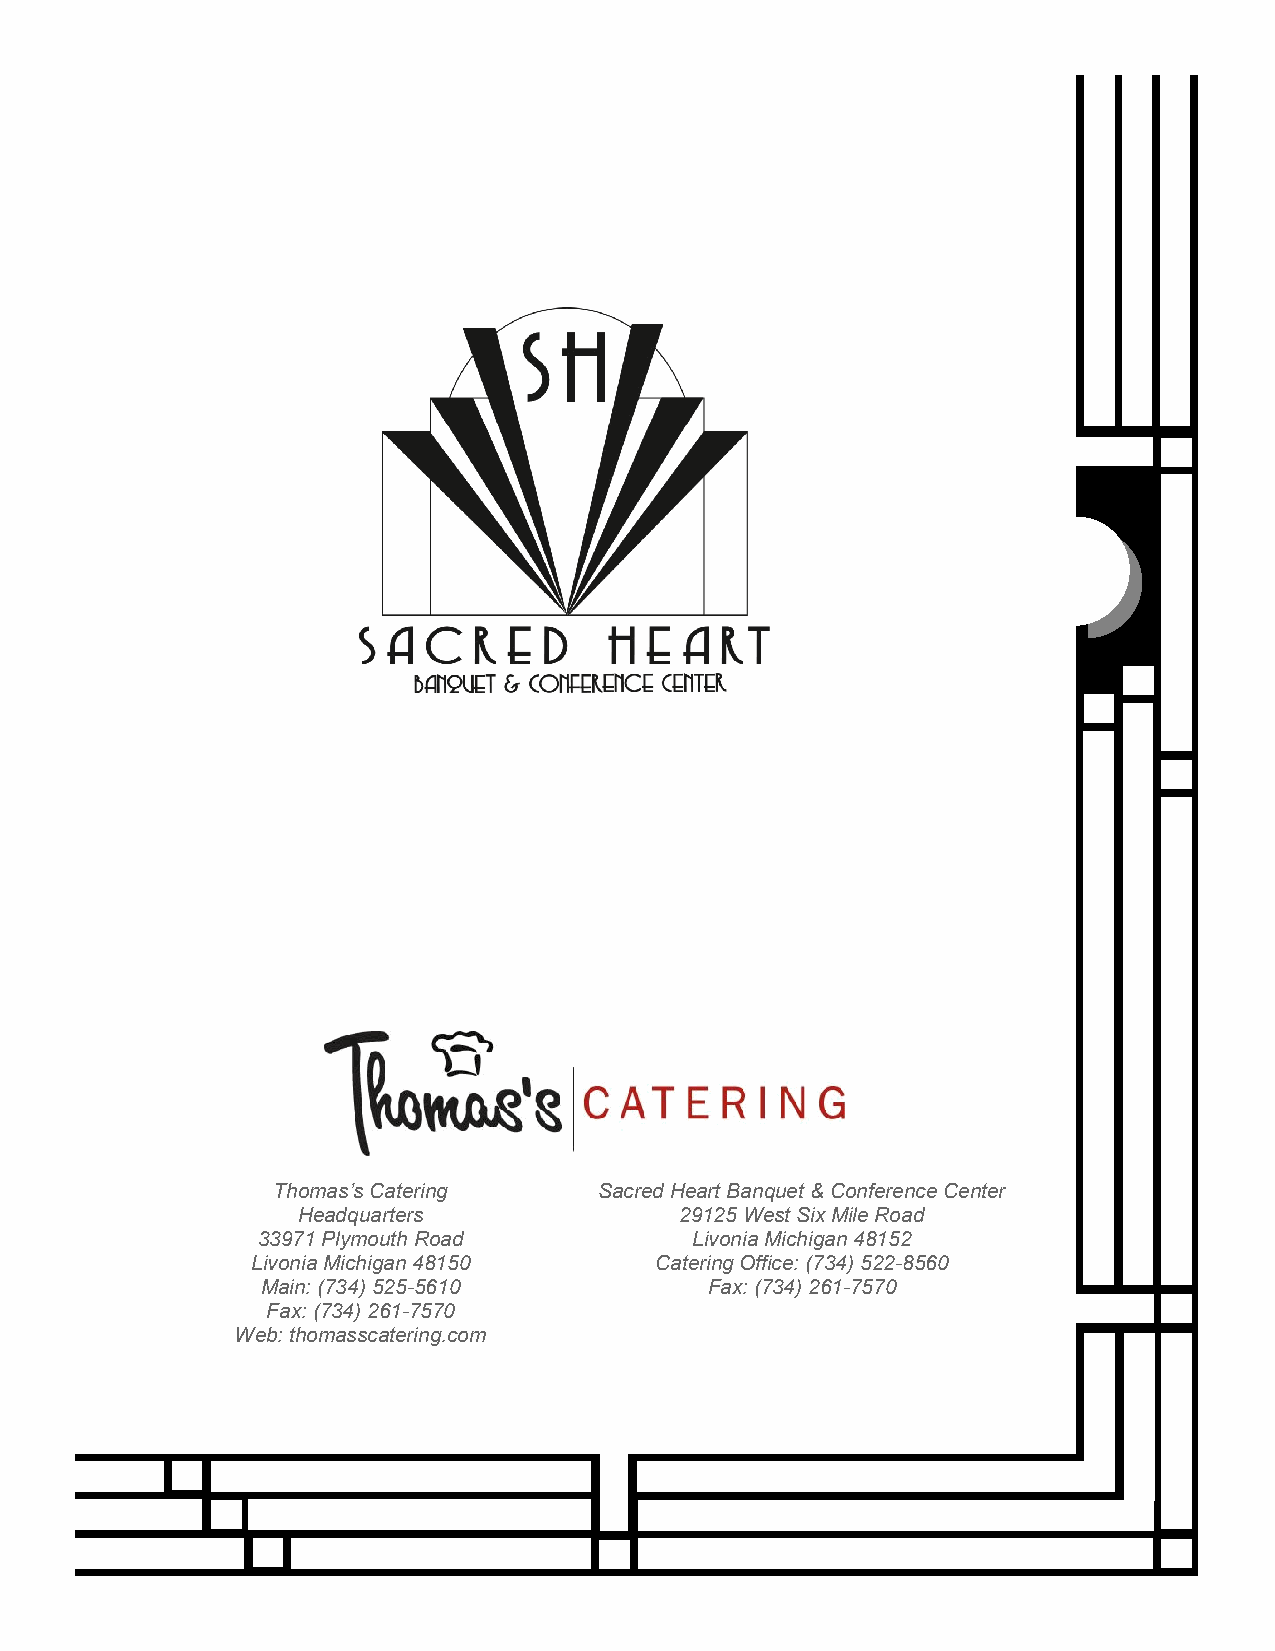
Thomas’s Catering     Sacred Heart Banquet & Conference Center
 Headquarters             29125 West Six Mile Road
 33971 Plymouth Road          Livonia Michigan 48152
 Livonia Michigan 48150    Catering Office: (734) 522-8560
 Main: (734) 525-5610          Fax: (734) 261-7570
 Fax: (734) 261-7570
 Web: thomasscatering.com